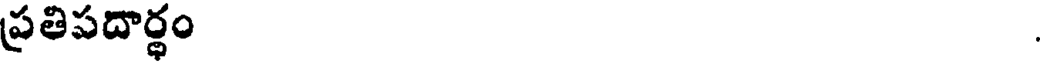
ప్రతిపదార్థం